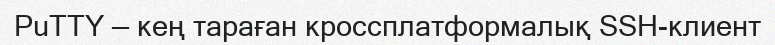
PuTTY — кең тараған кроссплатформалық SSH-клиент